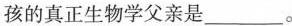
孩的真正生物学父亲是_____。